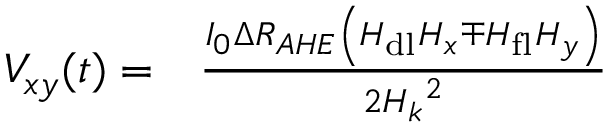
\begin{array} { r l } { V _ { x y } ( t ) = } & { { } \frac { I _ { 0 } \Delta R _ { A H E } \left( H _ { \mathrm { d l } } H _ { x } \mp H _ { \mathrm { f l } } H _ { y } \right) } { 2 { H _ { k } } ^ { 2 } } } \end{array}